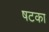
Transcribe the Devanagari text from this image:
षटका